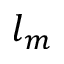
l _ { m }